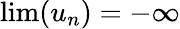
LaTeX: \lim(u_{n})=-\infty